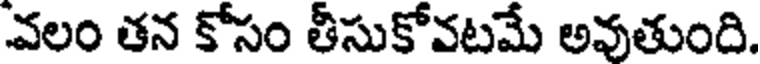
వలం తన కోసం తీసుకోవటమే అవుతుంది.